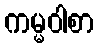
ကမ္မဝါစာ